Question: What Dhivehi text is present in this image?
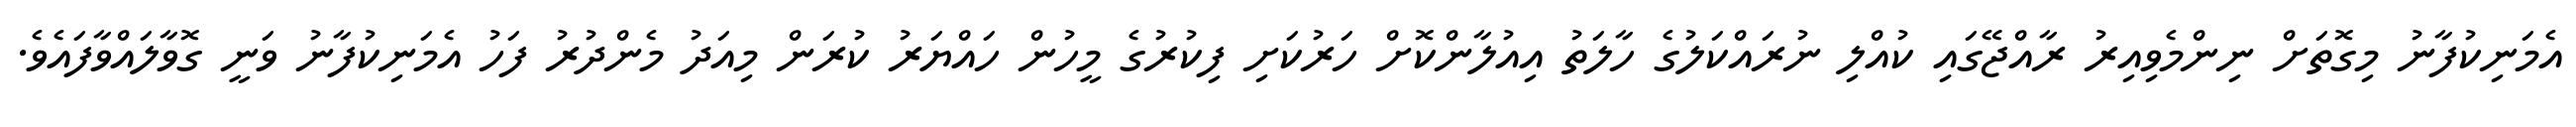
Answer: އެމަނިކުފާނު މިގޮތަށް ނިންމެވިއިރު ރާއްޖޭގައި ކުއްލި ނުރައްކަލުގެ ހާލަތު އިއުލާންކޮށް ހަރުކަށި ފިކުރުގެ މީހުން ހައްޔަރު ކުރަން މިއަދު މެންދުރު ފަހު އެމަނިކުފާނު ވަނީ ގޮވާލައްވާފައެވެ.